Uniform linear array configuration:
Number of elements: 8
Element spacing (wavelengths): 0.75
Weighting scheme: hann
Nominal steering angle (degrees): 60
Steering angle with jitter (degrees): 61.209
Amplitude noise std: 0.05
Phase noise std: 0.05

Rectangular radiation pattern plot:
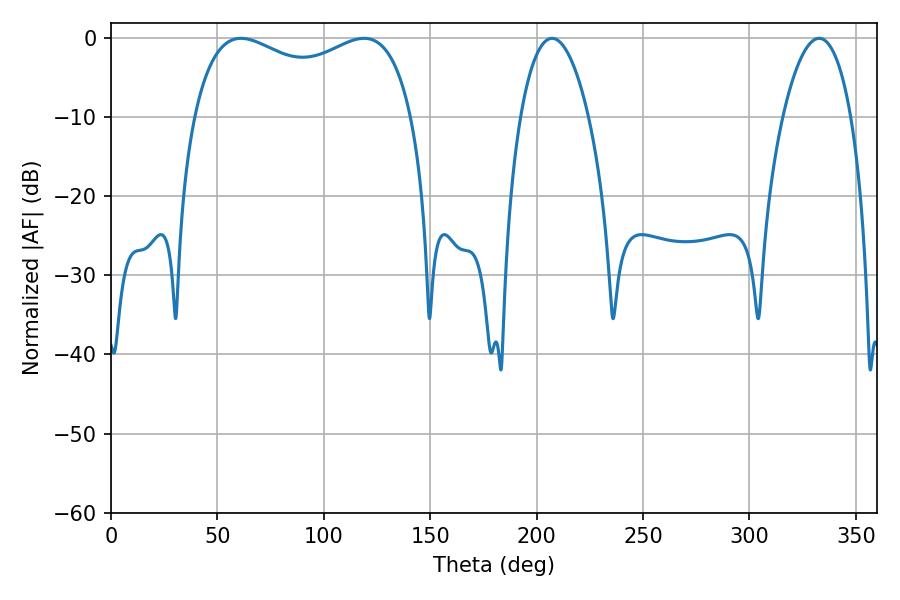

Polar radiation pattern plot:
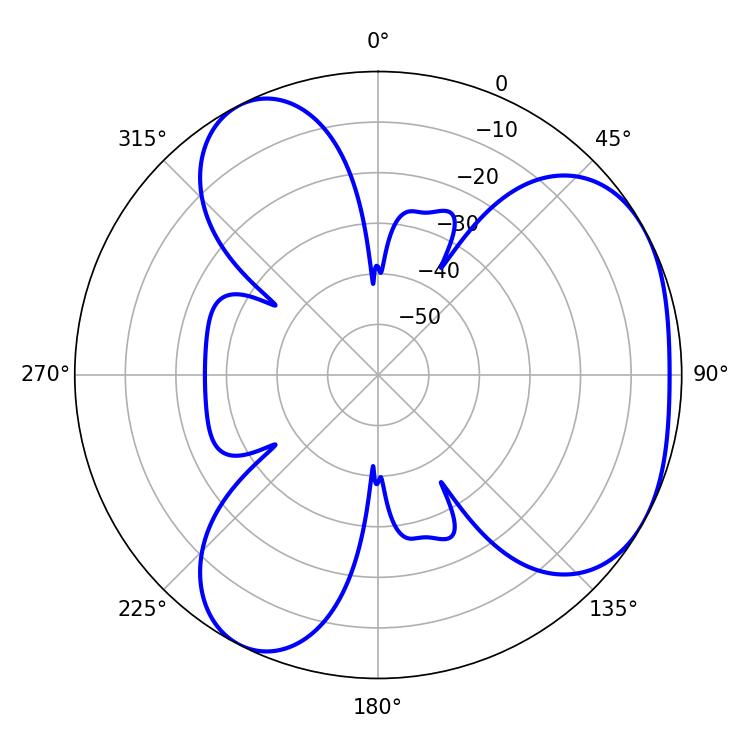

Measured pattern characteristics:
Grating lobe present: TRUE
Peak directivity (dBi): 3.957
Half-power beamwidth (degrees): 84.96
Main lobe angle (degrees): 61.02